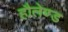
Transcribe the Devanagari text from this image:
हौलेण्ड